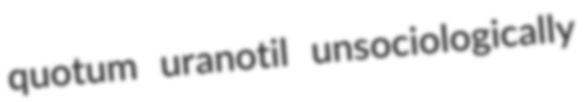
quotum uranotil unsociologically